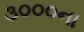
૩૦૦૦ના